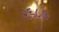
૨૬૮૭